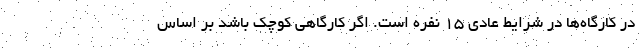
در کارگاه‌ها در شرایط عادی ۱۵ نفره است. اگر کارگاهی کوچک باشد بر اساس